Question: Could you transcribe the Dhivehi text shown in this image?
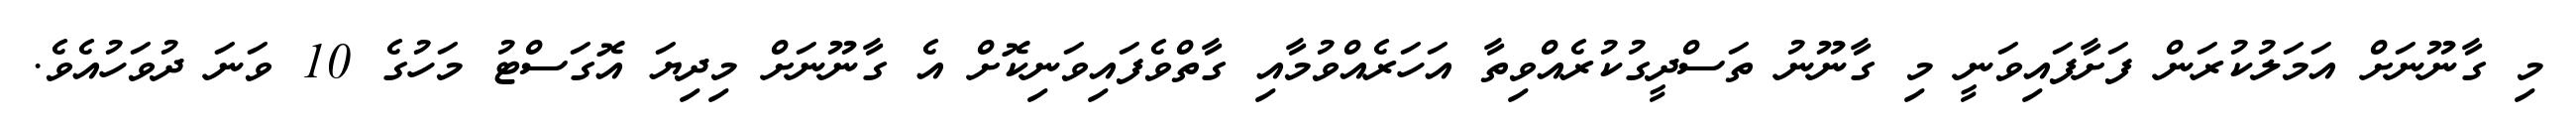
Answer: މި ގާނޫނަށް އަމަލުކުރަން ފަށާފައިވަނީ މި ގާނޫނު ތަސްދީގުކުރެއްވިތާ އަހަރެއްވުމާއި ގާތްވެފައިވަނިކޮށް އެ ގާނޫނަށް މިދިޔަ އޮގަސްޓު މަހުގެ 10 ވަނަ ދުވަހުއެވެ.